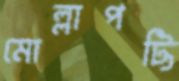
মোল্লাপট্টি